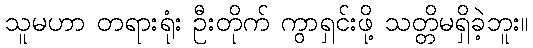
သူမဟာ တရားရုံး ဦးတိုက် ကွာရှင်းဖို့ သတ္တိမရှိခဲ့ဘူး။